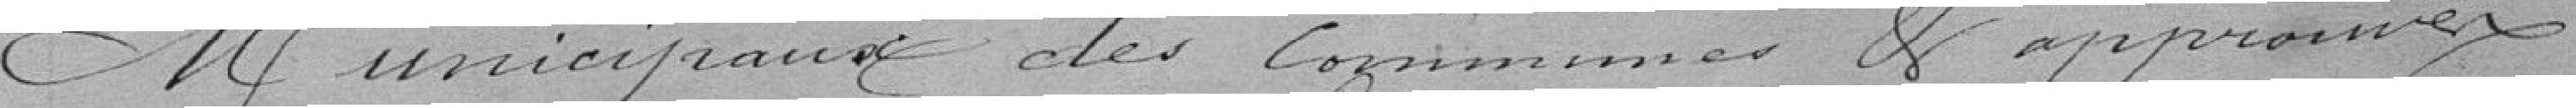
Municipaux des communes et approuvés